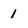
Character: 1